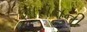
શાસનની